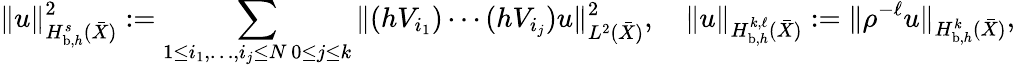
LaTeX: \| u\| _{H_{\mathrm{b},h}^{s}(\bar{X})}^{2}:=\sum_{\substack{1\leq i_{1},\ldots,i_{j}\leq N\, 0\leq j\leq k}}\Vert(hV_{i_{1}})\cdots(hV_{i_{j}})u\Vert_{L^{2}(\bar{X})}^{2},\quad\| u\| _{H_{\mathrm{b},h}^{k,\ell}(\bar{X})}:=\| \rho^{-\ell}u\| _{H_{\mathrm{b},h}^{k}(\bar{X})},